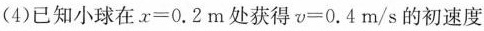
(4)已知小球在$$x = 0 . 2 m$$处获得$$v = 0 . 4 m / s$$ 的初速度